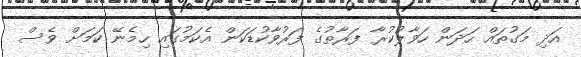
އަދި މަގުތައް ހަދަން ހަވާލުކުރާ ފަރާތުގެ ފަރުވާކުޑަކަން އެކަމުގައި ހިމެނޭ ކަމަށް ވެސް